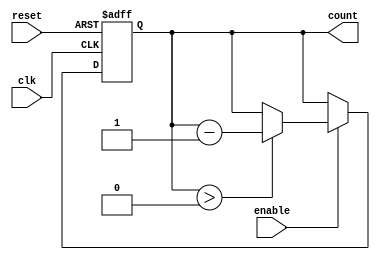
module down_counter (
    input wire clk,        // Clock signal
    input wire reset,      // Asynchronous reset signal
    input wire enable,     // Enable signal
    output reg [N-1:0] count // Count output
);
    parameter N = 3; // Number of bits for the counter (adjust as needed)
    parameter MAX_COUNT = (1 << N) - 1; // Maximum count value (2^N - 1)

    // State transition logic
    always @(posedge clk or posedge reset) begin
        if (reset) begin
            count <= MAX_COUNT; // Reset to maximum count
        end else if (enable) begin
            if (count > 0) begin
                count <= count - 1; // Decrement the count
            end
            // If count is already 0, it remains 0
        end
        // If enable is not asserted, count retains its value
    end
endmodule